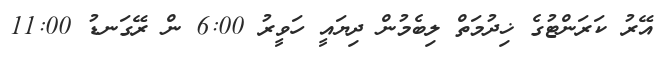
އޭރު ކަރަންޓުގެ ޚިދުމަތް ލިބެމުން ދިޔައީ ހަވީރު 6:00 ން ރޭގަނޑު 11:00